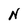
Character: N